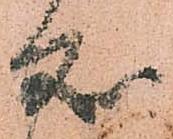
処